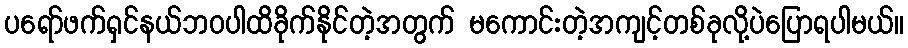
ပရော်ဖက်ရှင်နယ်ဘဝပါထိခိုက်နိုင်တဲ့အတွက် မကောင်းတဲ့အကျင့်တစ်ခုလို့ပဲပြောရပါမယ်။